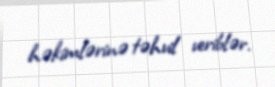
həkimlərinə təhvil veriblər.